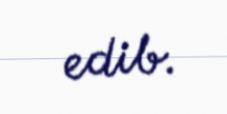
edib.